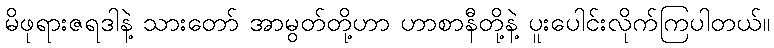
မိဖုရားဇရဒါနဲ့ သားတော် အာမွတ်တို့ဟာ ဟာစာနီတို့နဲ့ ပူးပေါင်းလိုက်ကြပါတယ်။